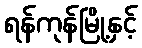
ရန်ကုန်မြို့နှင့်